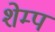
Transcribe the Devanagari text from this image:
शेम्प